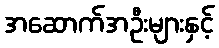
အဆောက်အဦးများနှင့်